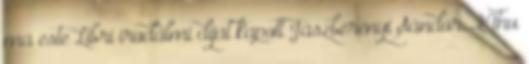
ma este Libri irodalmi díjat kapott Jászberényi Sándor. 24hu